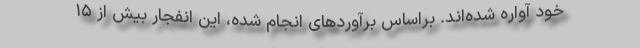
خود آواره شده‌اند. براساس برآوردهای انجام شده، این انفجار بیش از ۱۵